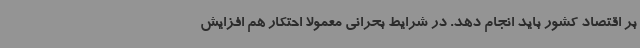
بر اقتصاد کشور باید انجام دهد. در شرایط بحرانی معمولا احتکار هم افزایش